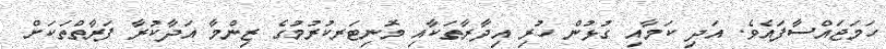
ހަމަޖައްސާފައެވެ. އަދި ކަމާއި ގުޅުން ހުރި އިދާރާތަކާއި މޮނިޓަރކުރުމުގެ ޒިންމާ އަދާކުރާ ފަރާތްތަކަށް